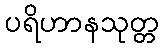
ပရိဟာနသုတ္တ